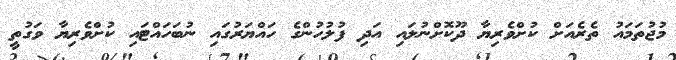
މުޖުތަމައު ތެރެއަށް ކުށްވެރިޔާ ދޫކޮށްނުލައި އަދި ފުލުހުންގެ ހައްޔަރުގައި ނުބަހައްޓައި ކުށްވެރިޔާ ވަގުތީ